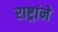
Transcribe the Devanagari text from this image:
राष्ट्रांने